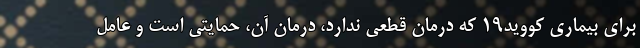
برای بیماری کووید19 که درمان قطعی ندارد، درمان آن، حمایتی است و عامل